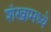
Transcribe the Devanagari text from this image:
शंखामध्ये